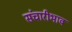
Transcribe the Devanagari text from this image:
संचारीभाव